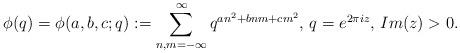
LaTeX: \begin{align*}\phi(q)=\phi(a,b,c;q):=\sum^{\infty}_{n,m=-\infty}q^{an^2+bnm+cm^2}\textrm{, }q=e^{2\pi i z}\textrm{, }Im(z)>0.\end{align*}